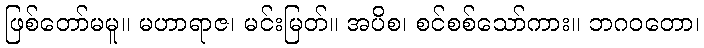
ဖြစ်တော်မမူ။ မဟာရာဇ၊ မင်းမြတ်။ အပိစ၊ စင်စစ်သော်ကား။ ဘဂဝတော၊